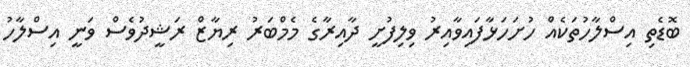
ބޮޑެތި އިސްލާހުތަކެއް ހުށަހަޅާފައިވާއިރު ވިލިފުށީ ދާއިރާގެ މެމްބަރު ރިޔާޒް ރަޝީދުވެސް ވަނީ އިސްލާހު